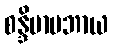
စန္ဒိမာပဘာယ